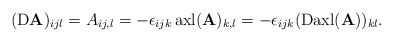
\begin{align*}({\rm D}\mathbf{A})_{ijl}=A_{ij,l}=-\epsilon_{ijk} \, {\rm axl}(\mathbf{A})_{k,l}=-\epsilon_{ijk}({\rm D}{\rm axl}(\mathbf{A}))_{kl}.\end{align*}